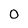
Character: 0